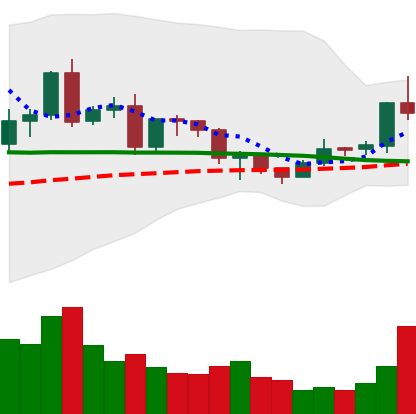
Ticker: EOS-USD
Chart end date: 2020-12-17
Forward return: -4.645%
Label: down_3_5